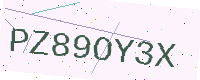
Text: PZ89OY3X